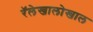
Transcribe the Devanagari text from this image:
रॅलेखालोखाल